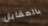
بالمقابل